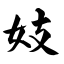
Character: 妓